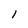
Character: l